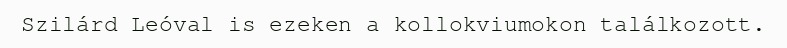
Szilárd Leóval is ezeken a kollokviumokon találkozott.